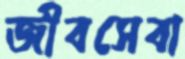
জীবসেবা